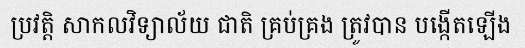
ប្រវត្តិ សាកលវិទ្យាល័យ ជាតិ គ្រប់គ្រង ត្រូវបាន បង្កើតឡើង